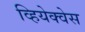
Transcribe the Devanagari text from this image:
व्हियेक्वेस